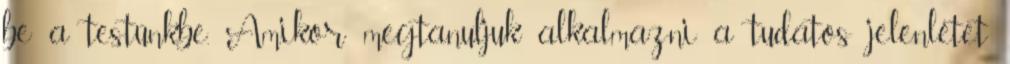
be a testünkbe. Amikor megtanuljuk alkalmazni a tudatos jelenlétet